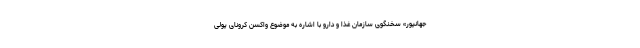
جهانپور» سخنگوی سازمان غذا و دارو با اشاره به موضوع واکسن کرونای پولی